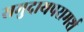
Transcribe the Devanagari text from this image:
समुदायपरामर्श